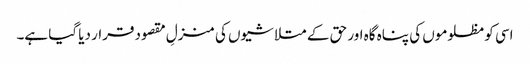
اسی کو مظلوموں کی پناہ گاہ اور حق کے متلاشیوں کی منزلِ مقصود قرار دیا گیا ہے۔